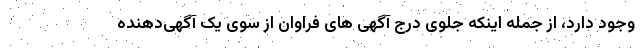
وجود دارد، از جمله اینکه جلوی درج آگهی های فراوان از سوی یک آگهی‌دهنده